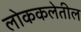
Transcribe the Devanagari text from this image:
लोककलेतील